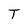
Character: T